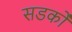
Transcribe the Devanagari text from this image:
सडकोँ